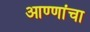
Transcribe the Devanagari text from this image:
आण्णांचा